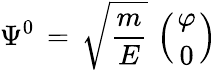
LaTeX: \Psi^{0}\, =\, \sqrt{\frac{m}{E}}\, \left({\varphi\atop 0}\right)